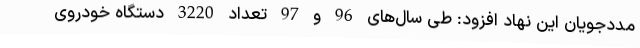
مددجویان این نهاد افزود: طی سال‌های 96 و 97 تعداد 3220 دستگاه خودروی